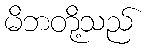
မိဘတို့သည်